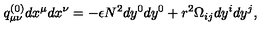
q _ { \mu \nu } ^ { ( 0 ) } d x ^ { \mu } d x ^ { \nu } = - \epsilon N ^ { 2 } d y ^ { 0 } d y ^ { 0 } + r ^ { 2 } \Omega _ { i j } d y ^ { i } d y ^ { j } ,